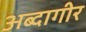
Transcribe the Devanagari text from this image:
अब्दागीर